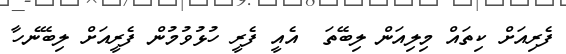
ފެރިއަށް ކިތައް މިލިއަން ލިބޭތަ  އެއީ ފެރީ ހުޅުވުމުން ފެރީއަށް ލިބޭނެހާ